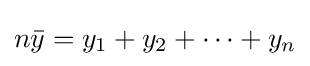
n{\bar {y}}=y_{1}+y_{2}+\cdots +y_{n}